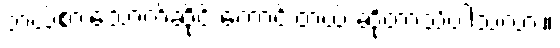
ဘယ်စားသောက်ဆိုင် ကောင်းတယ် ဆိုတာသိပါသလား။